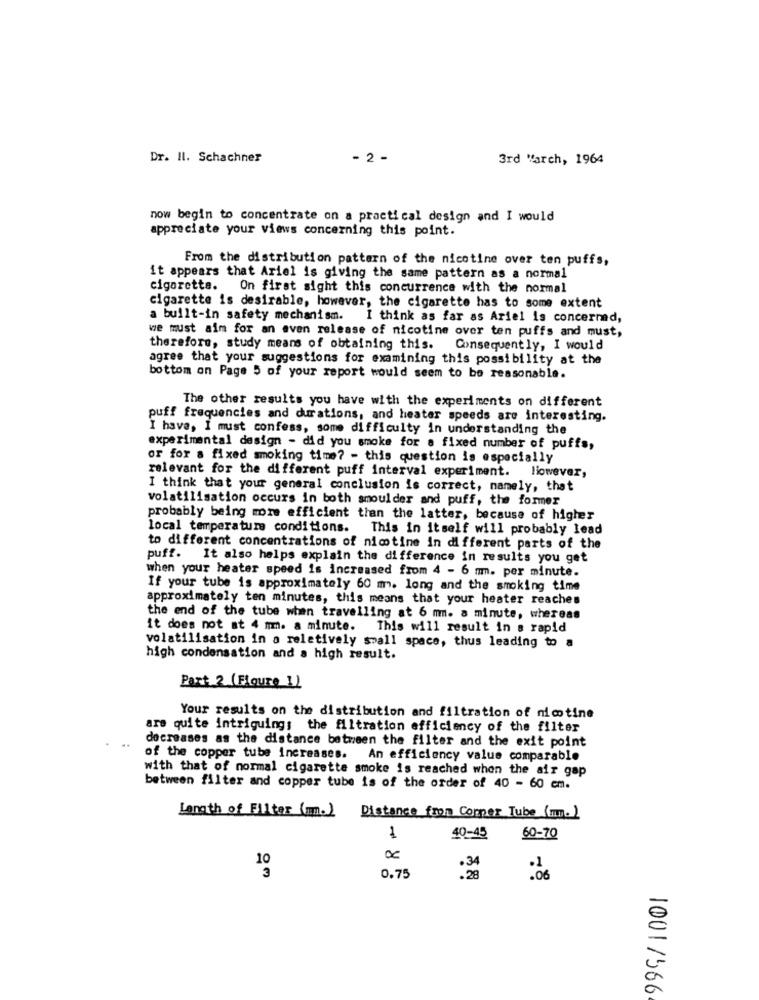
Dr. Il. Schachner
- 2 -
3rd "arch, 1964
now begin to concentrate on a practical design and I would
appreciate your views concerning this point.
From the distribution pattern of the nicotine over ten puffs,
it appears that Ariel is giving the same pattern as a normal
cigarette. On first sight this concurrence with the normal
cigarette is desirable, however, the cigarette has to some extent
a built-in safety mechanism.
I think as far as Ariel is concerned,
we must aim for an even release of nicotine over ten puffs and must,
therefore, study means of obtaining this. Consequently, I would
agree that your suggestions for examining this possibility at the
bottom on Page 5 of your report would seem to be reasonable.
The other results you have with the experiments on different
puff frequencies and durations, and heater speeds are interesting.
I have, I must confess, some difficulty in understanding the
experimental design - did you smoke for a fixed number of puffs,
or for a fixed smoking time? - this question is especially
relevant for the different puff interval experiment. liowever,
I think that your general conclusion is correct, namely, that
volatilisation occurs in both smoulder and puff, the former
probably being more efficient than the latter, because of higher
local temperature conditions. This in itself will probably lead
to different concentrations of nicotine in different parts of the
puff. It also helps explain the difference in results you get
when your heater speed is increased from 4 - 6 mm. per minute.
If your tube is approximately 60 m. long and the smoking time
approximately ten minutes, this means that your heater reaches
the end of the tube when travelling at 6 mm. a minute, whereas
it does not at 4 mm. a minute. This will result in a rapid
volatilisation in a relatively small space, thus leading to a
high condensation and a high result.
Part 2 (Floure 1)
Your results on the distribution and filtration of nicotine
are quite intriguing; the filtration efficiency of the filter
decreases as the distance between the filter and the exit point
of the copper tube increases.
An efficiency value comparable
with that of normal cigarette smoke is reached when the air gap
between filter and copper tube is of the order of 40 - 60 em.
Length of Filter (m.) Distance from Corper Tube (m.)
1
40-45
60-70
0.75
.28
:06
1001/566